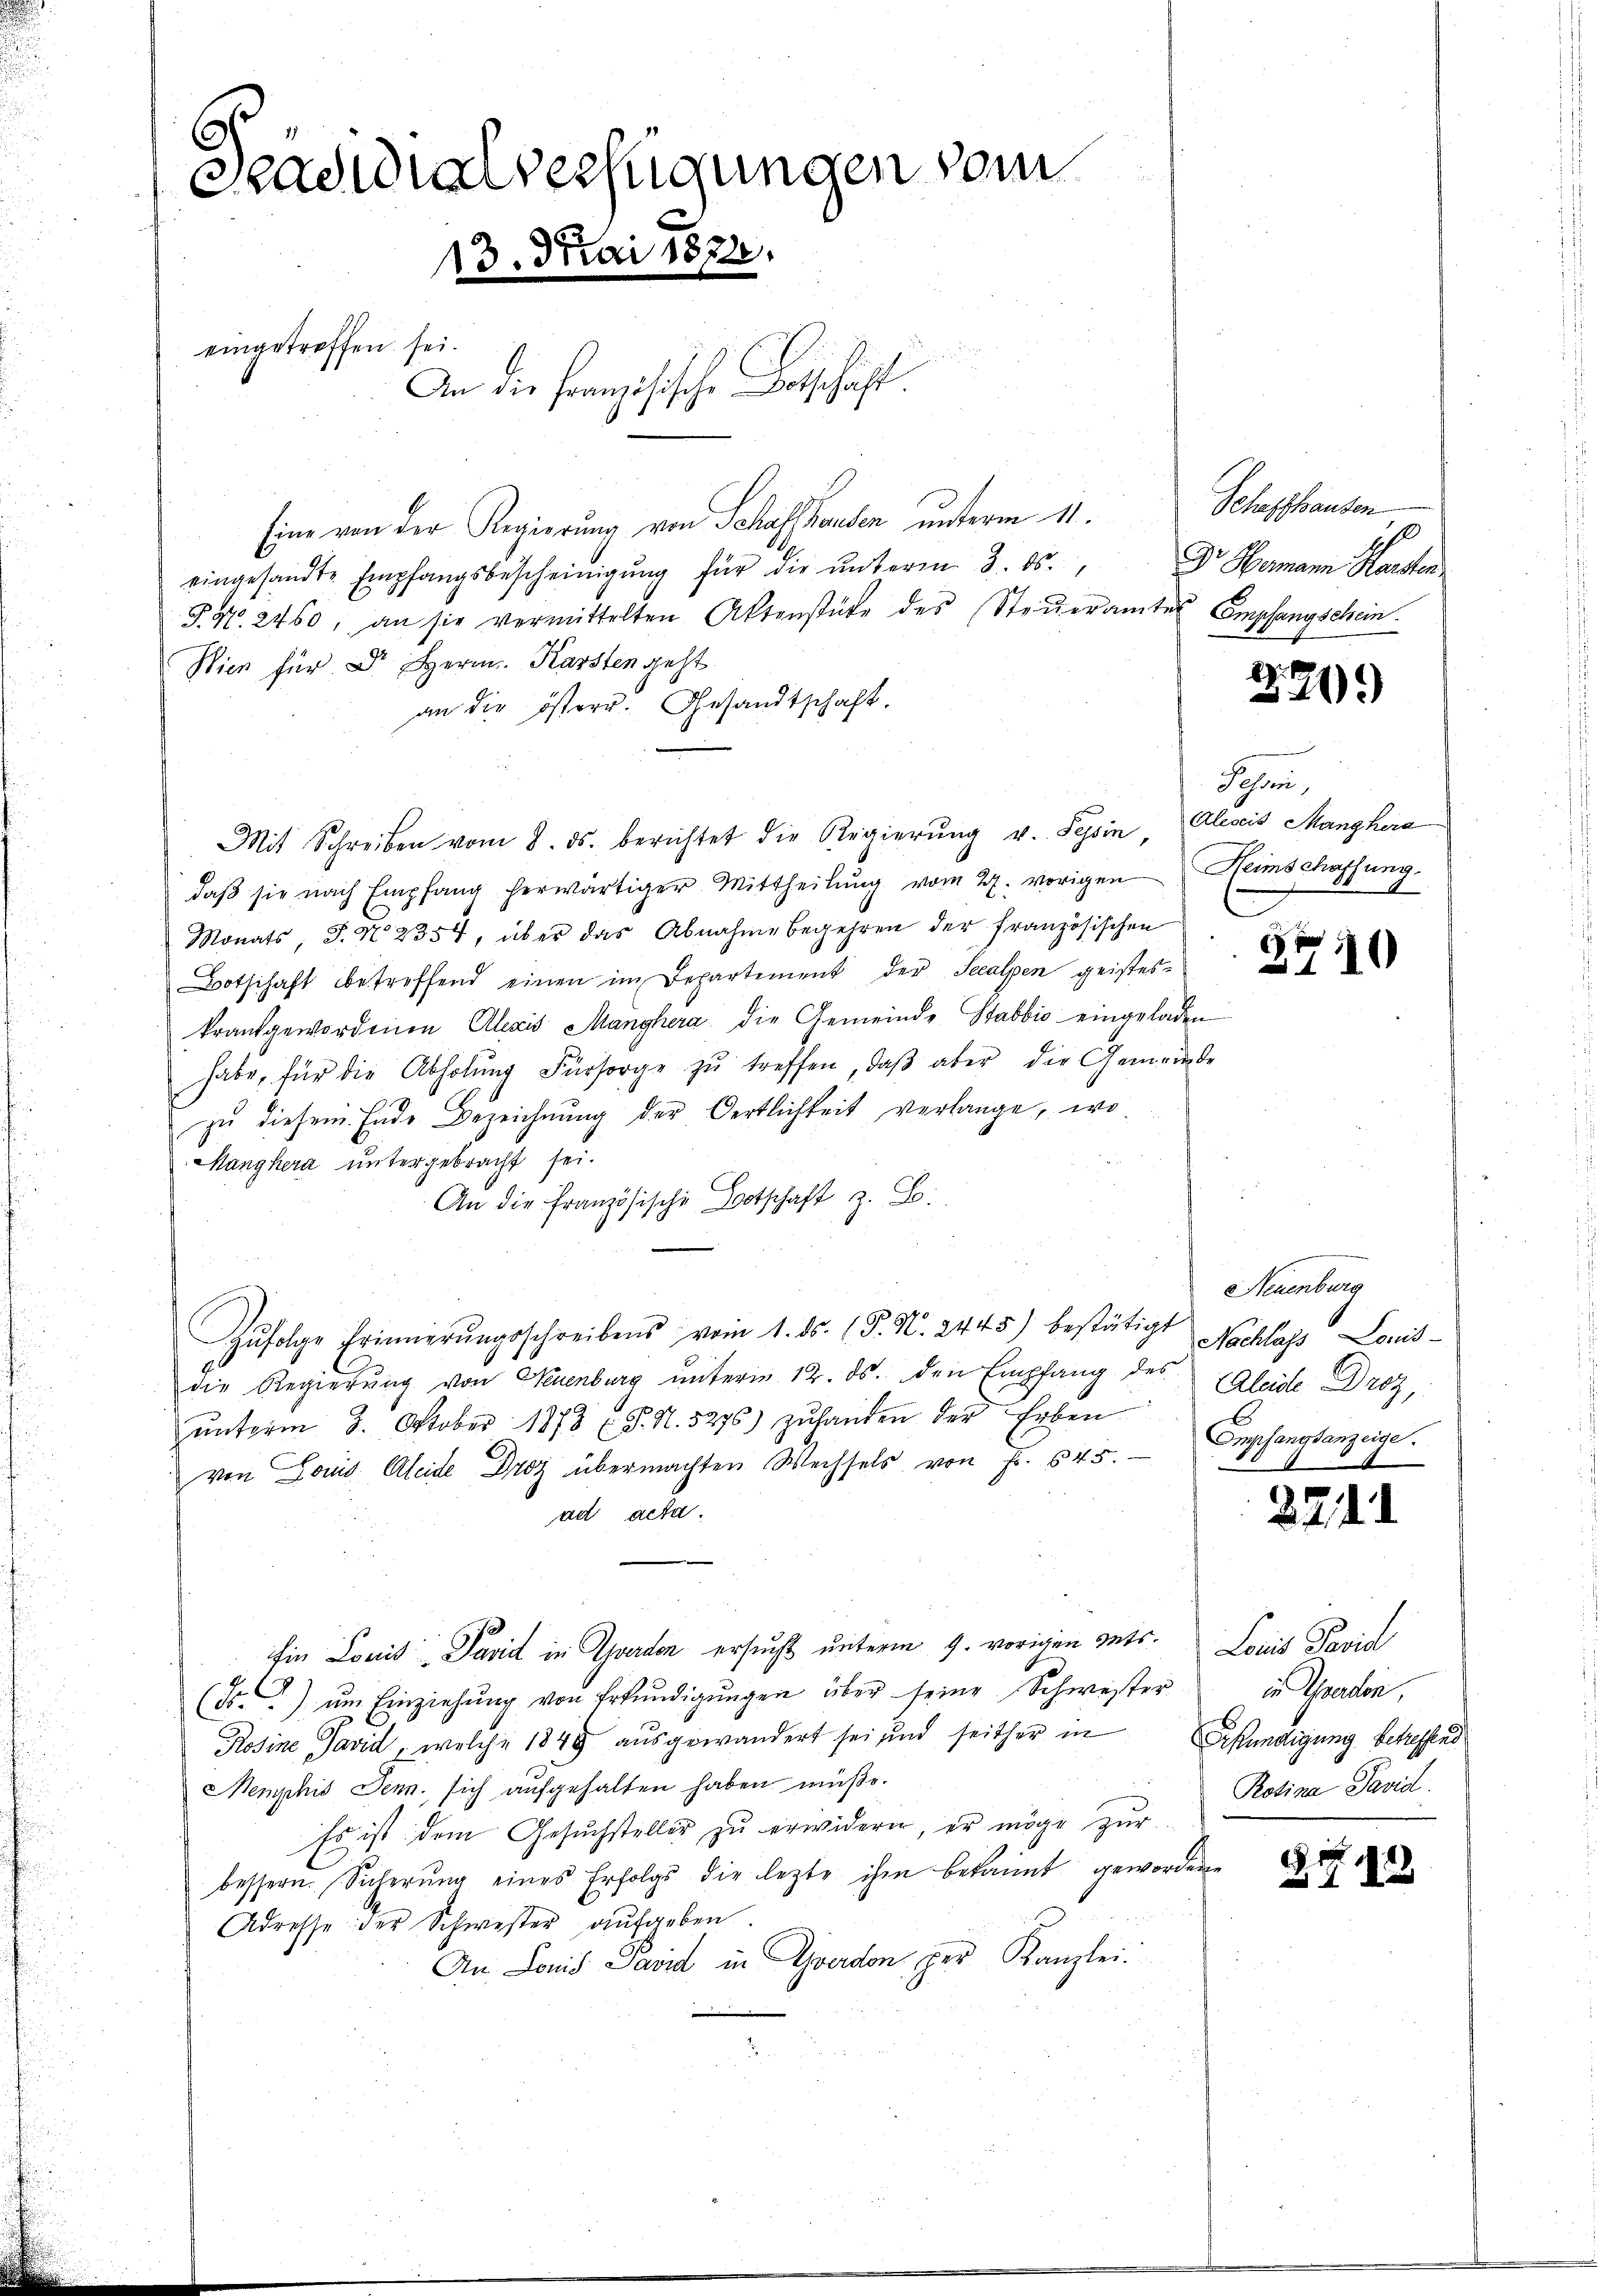
.
Seaenden verfügungen vom
13. Mai 1872.
eingetreffen sei.
An die französische Botschaft.

Eine von der Regierung von Schaffhausen unterm 11.
eingesandte Empfangsbescheinigŭng für die ŭnterm 3. ds.
Pat. 2460, an sie vermittelten Aktenstäte des Steŭeramtes Empfangschein
Wien für Dr. Herrn Karsten geht.
an die österr. Gesandtschaft.
Mit Schreiben vom 8. ds. berichtet die Regierŭng v. Tessin, Alescis Manghera
daβ sie nach Empfang herwärtiger Mittheilŭng vom 24. vorigen Heimschaffung.
Nonats, S. N. 2354, über das Abnahme begehren der französischen
Botschaft betreffend einen im Departement der Seealpen geisteskrautgewordenen Alexis Manghera die Gemeinde Stabbio eingeladen
habe, für die Abholŭng Fürsorge zŭ treffen, daβ aber die Gemeinde
zŭ diesem Ende Bezeichnŭng der Oertlichkeit verlange, wo
Manghera untergebracht sei.
An die Französische Botschaft z. B.
Zŭfolge Erinnerŭngsschreibens vom 1. ds. (T. N. 2445) bestätigt Nachlass Louis-
die Regierŭng von Neuenburg ŭnterm 12. ds. den Empfang des
ŭnterm 3. Oktober 1878 J. N. 5276) zŭhanden der Erben
von Louis Kleide Droy übermachten Wechsels von Fr. 545.
ad acta.
Ein Louis David in Garden ersucht unterm 9. vorigen ents. Louis Pavid
(Fr.) um Einziehung von Erkundigungen über seine Schwester
Rosine Pavid , welche 1848 aŭsgewandert sei und seither in Erkundigung betreffend
Memphić den sich aufgehalten haben müße.
Es ist dem Gesuchsteller zu erwidere, er möge zur
bessern. Sicherŭng eines Erfolgs die lezte ihm bekannt gewordene
Adresse der Schwester aufgeben.
An Lonis Pavid in Yverdon per Kanzlei.

Schaffhausen
10
Dr Hermann Karsten

270.

Sose,

3710

Neuenburg
Aleide Droz,
Empfangsanzeige.
1

271. 1

in Schwerden,
Rotina Pavid

G. 77. 123